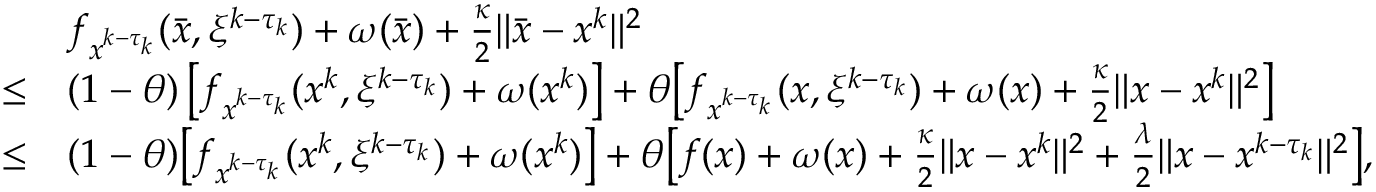
\begin{array} { r l } & { f _ { x ^ { k - \tau _ { k } } } ( \bar { x } , \xi ^ { k - \tau _ { k } } ) + \omega ( \bar { x } ) + \frac { \kappa } { 2 } \| \bar { x } - x ^ { k } \| ^ { 2 } } \\ { \leq } & { ( 1 - \theta ) \left[ f _ { x ^ { k - \tau _ { k } } } ( x ^ { k } , \xi ^ { k - \tau _ { k } } ) + \omega ( x ^ { k } ) \right] + \theta \big [ f _ { x ^ { k - \tau _ { k } } } ( x , \xi ^ { k - \tau _ { k } } ) + \omega ( x ) + \frac { \kappa } { 2 } \| x - x ^ { k } \| ^ { 2 } \big ] } \\ { \leq } & { ( 1 - \theta ) \big [ f _ { x ^ { k - \tau _ { k } } } ( x ^ { k } , \xi ^ { k - \tau _ { k } } ) + \omega ( x ^ { k } ) \big ] + \theta \big [ f ( x ) + \omega ( x ) + \frac { \kappa } { 2 } \| x - x ^ { k } \| ^ { 2 } + \frac { \lambda } { 2 } \| x - x ^ { k - \tau _ { k } } \| ^ { 2 } \big ] , } \end{array}